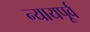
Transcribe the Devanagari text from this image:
न्यायपूर्व